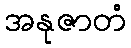
အနုဇာတံ